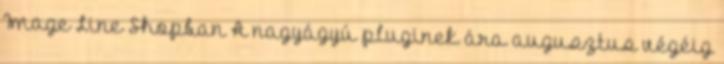
Image Line Shopban A nagyágyú pluginek ára augusztus végéig